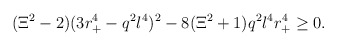
\begin{align*}(\Xi ^2-2)(3r_{+}^4-q^2l^4)^2-8(\Xi ^2+1)q^2l^4r_{+}^4\geq 0. \end{align*}